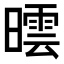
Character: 𣊯